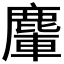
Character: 𪋀